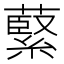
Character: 𫉺